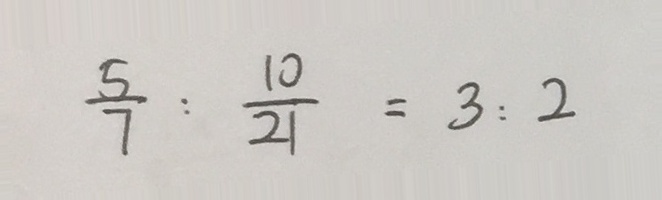
\frac { 5 } { 7 } : \frac { 1 0 } { 2 1 } = 3 : 2